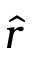
\hat { r }